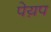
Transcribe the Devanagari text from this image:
पेय़प